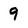
Character: 9